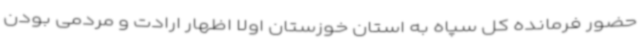
حضور فرمانده کل سپاه به استان خوزستان اولا اظهار ارادت و مردمی بودن